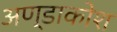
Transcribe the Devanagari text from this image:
अण्डाकोश